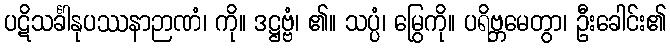
ပဋိသင်္ခါနုပဿနာဉာဏံ၊ ကို။ ဒဋ္ဌဗ္ဗံ၊ ၏။ သပ္ပံ၊ မြွေကို။ ပရိဗ္ဘမေတွာ၊ ဦးခေါင်း၏